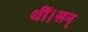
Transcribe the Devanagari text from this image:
थीं।सन्